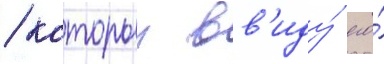
/ которыи вв'иду́ его́